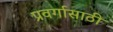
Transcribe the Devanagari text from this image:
प्रवर्गासाठी